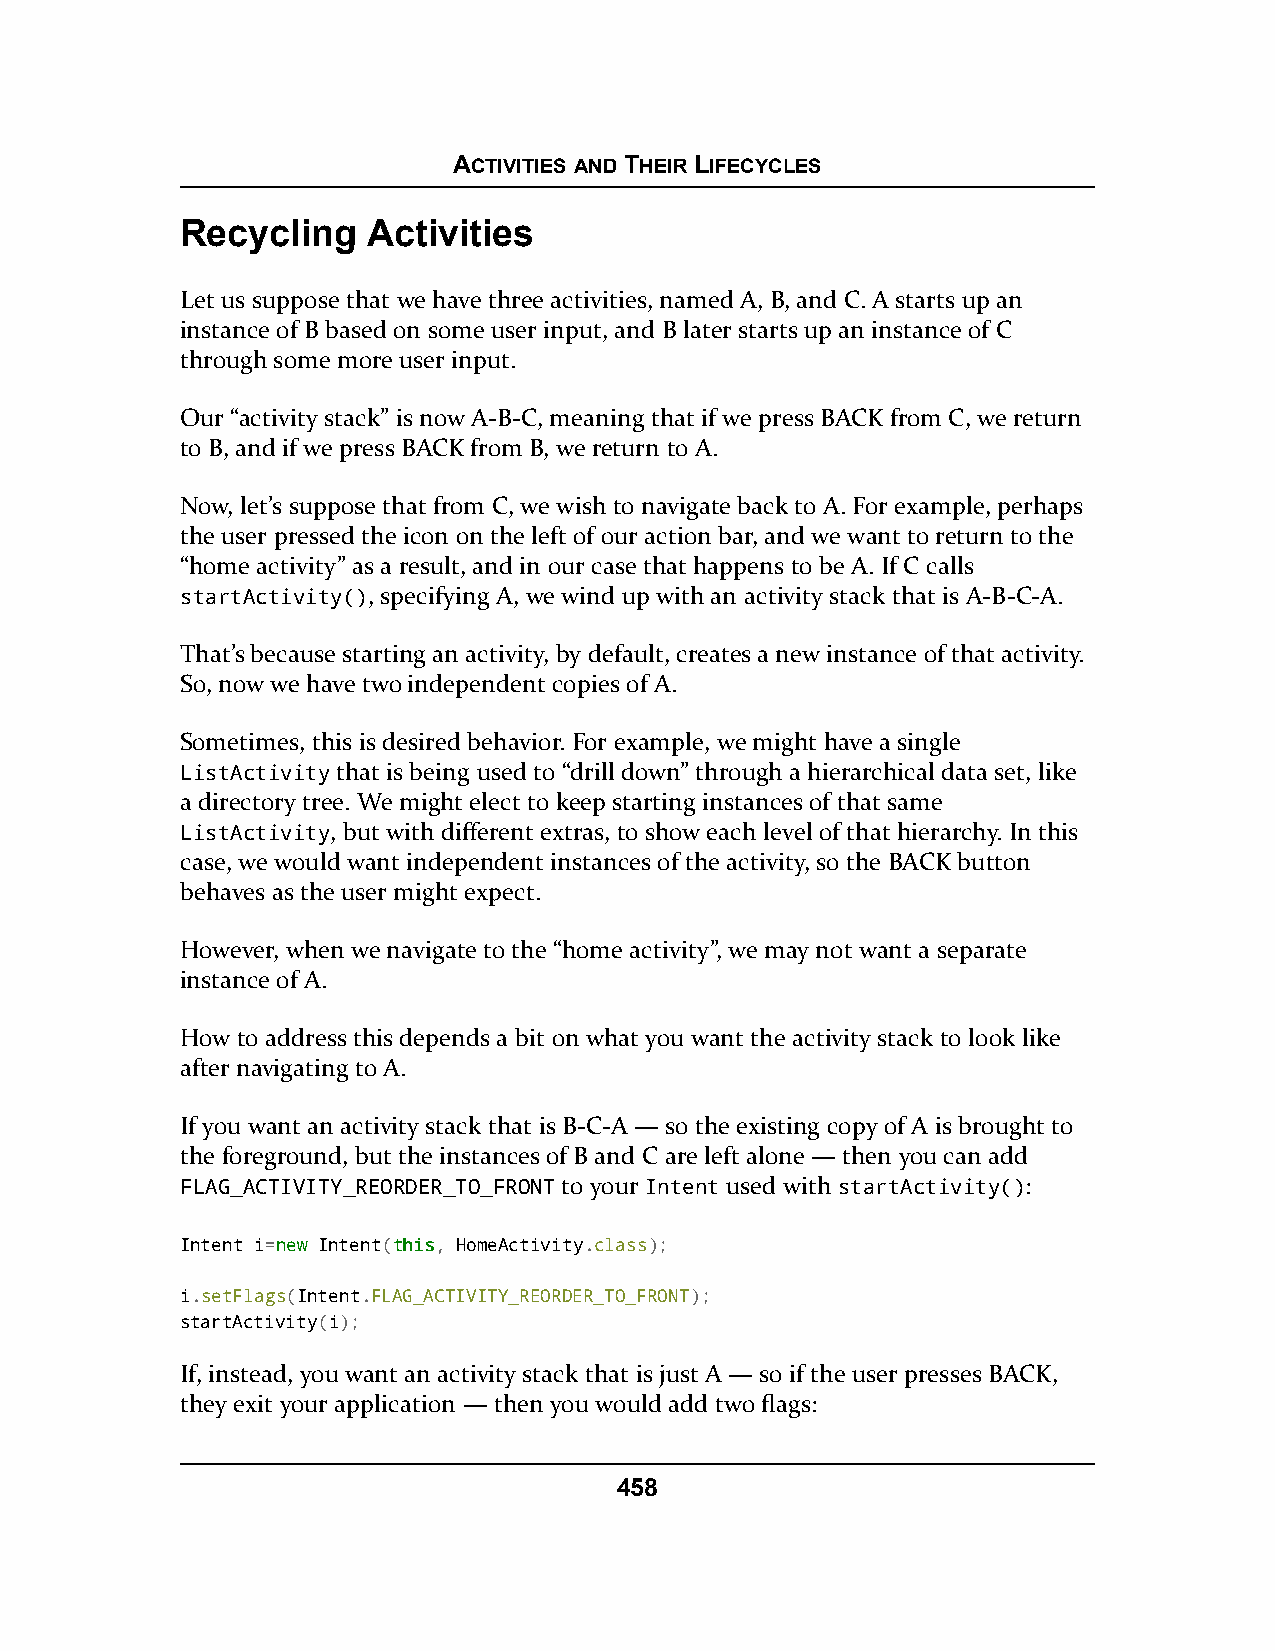
ACTIVITIES AND THEIR LIFECYCLES
 Recycling   Activities
 Let us suppose that we have three activities, named A, B, and C. A starts up an
 instance of B based on some user input, and B later starts up an instance of C
 through some more user input.
 Our “activity stack” is now A-B-C, meaning that if we press BACK from C, we return
 to B, and if we press BACK from B, we return to A.
 Now, let’s suppose that from C, we wish to navigate back to A. For example, perhaps
 the user pressed the icon on the left of our action bar, and we want to return to the
 “home activity” as a result, and in our case that happens to be A. If C calls
 startActivity(), specifying A, we wind up with an activity stack that is A-B-C-A.
 That’s because starting an activity, by default, creates a new instance of that activity.
 So, now we have two independent copies of A.
 Sometimes, this is desired behavior. For example, we might have a single
 ListActivity that is being used to “drill down” through a hierarchical data set, like
 a directory tree. We might elect to keep starting instances of that same
 ListActivity, but with different extras, to show each level of that hierarchy. In this
 case, we would want independent instances of the activity, so the BACK button
 behaves as the user might expect.
 However, when we navigate to the “home activity”, we may not want a separate
 instance of A.
 How to address this depends a bit on what you want the activity stack to look like
 after navigating to A.
 If you want an activity stack that is B-C-A — so the existing copy of A is brought to
 the foreground, but the instances of B and C are left alone — then you can add
 FLAG_ACTIVITY_REORDER_TO_FRONT to your Intent used with startActivity():
 Intent i=nneeww Intent(tthhiiss, HomeActivity.class);
 i.setFlags(Intent.FLAG_ACTIVITY_REORDER_TO_FRONT);
 startActivity(i);
 If, instead, you want an activity stack that is just A — so if the user presses BACK,
 they exit your application — then you would add two flags:
 458